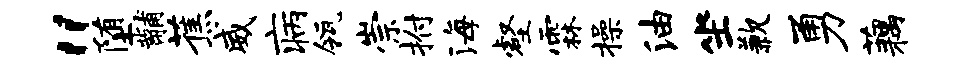
“堕黼蕉威病瓴崇拊海壑霖操油坐歉勇藕